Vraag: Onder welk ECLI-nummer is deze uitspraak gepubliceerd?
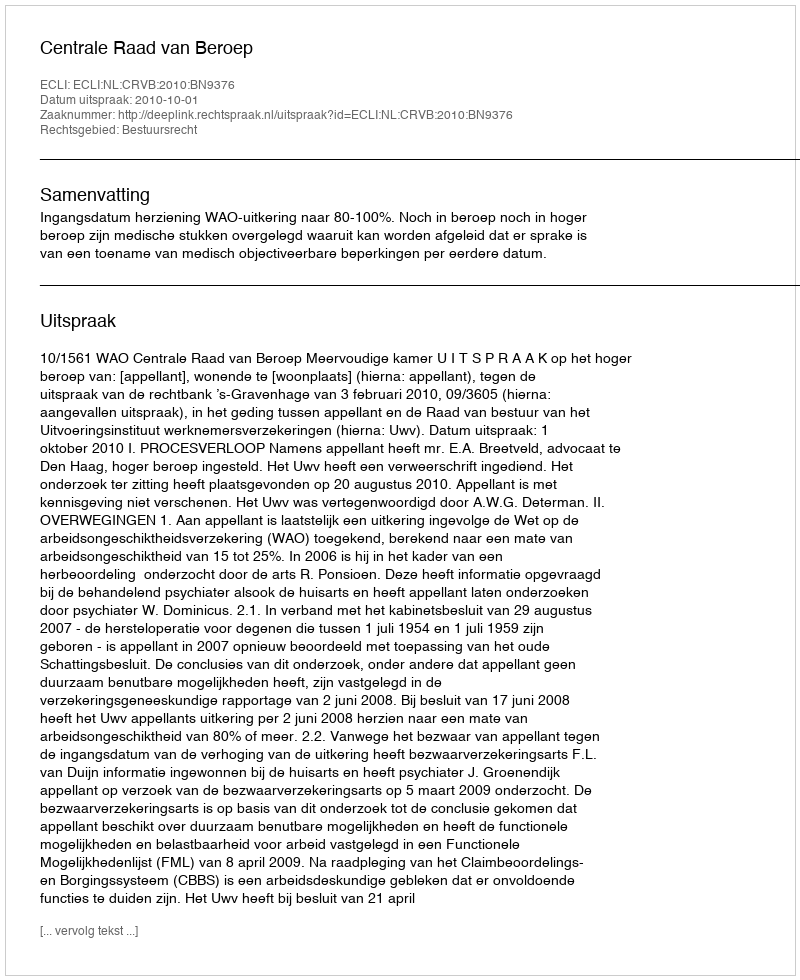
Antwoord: ECLI:NL:CRVB:2010:BN9376